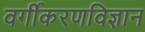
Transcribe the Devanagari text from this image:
वर्गीकरणविज्ञान